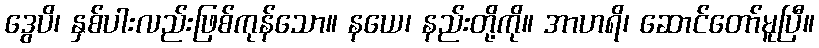
ဒွေပိ၊ နှစ်ပါးလည်းဖြစ်ကုန်သော။ နယေ၊ နည်းတို့ကို။ အာဟရိ၊ ဆောင်တော်မူပြီ။